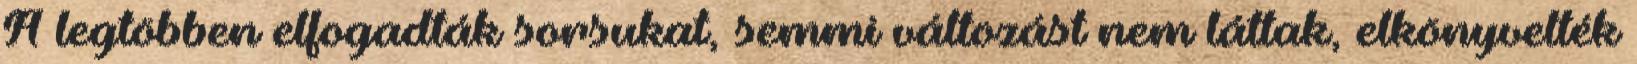
A legtöbben elfogadták sorsukat, semmi változást nem láttak, elkönyvelték